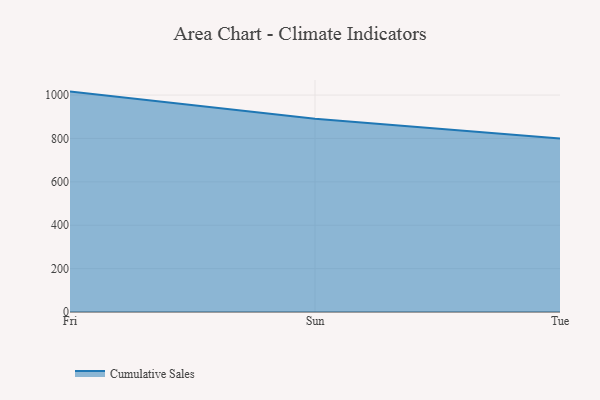
{"axis": {"x": "Day", "y": "Waste Production (Tons)"}, "legend": ["Cumulative Sales"], "data": [{"x": "Fri", "y": 1015.9, "type": "Cumulative Sales"}, {"x": "Sun", "y": 890.4, "type": "Cumulative Sales"}, {"x": "Tue", "y": 800, "type": "Cumulative Sales"}]}